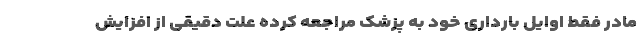
مادر فقط اوایل بارداری خود به پزشک‌ مراجعه کرده علت دقیقی از افزایش